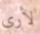
لأرى